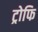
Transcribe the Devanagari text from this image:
ट्रोफि